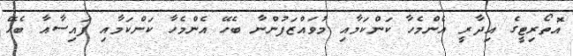
އޮތޯރިޓީގެ އިދާރީ އެންމެހާ ކަންކަމާއި މުވައްޒަފުންނާ ބެހޭ އެންމެހާ ކަންކަމާއި ފައިސާއާ ބެހޭ